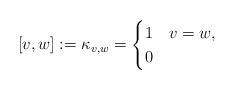
LaTeX: \begin{align*} [v,w]:=\kappa_{v,w}=\begin{cases}1 & v=w, \\0 & \end{cases}\end{align*}